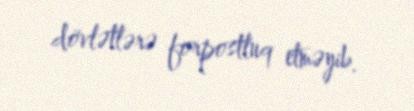
dövlətlərə forpostluq etməyib.